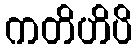
ကတိဟိပိ